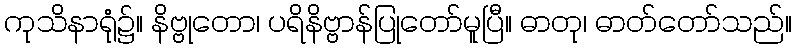
ကုသိနာရုံ၌။ နိဗ္ဗုတော၊ ပရိနိဗ္ဗာန်ပြုတော်မူပြီ။ ဓာတု၊ ဓာတ်တော်သည်။